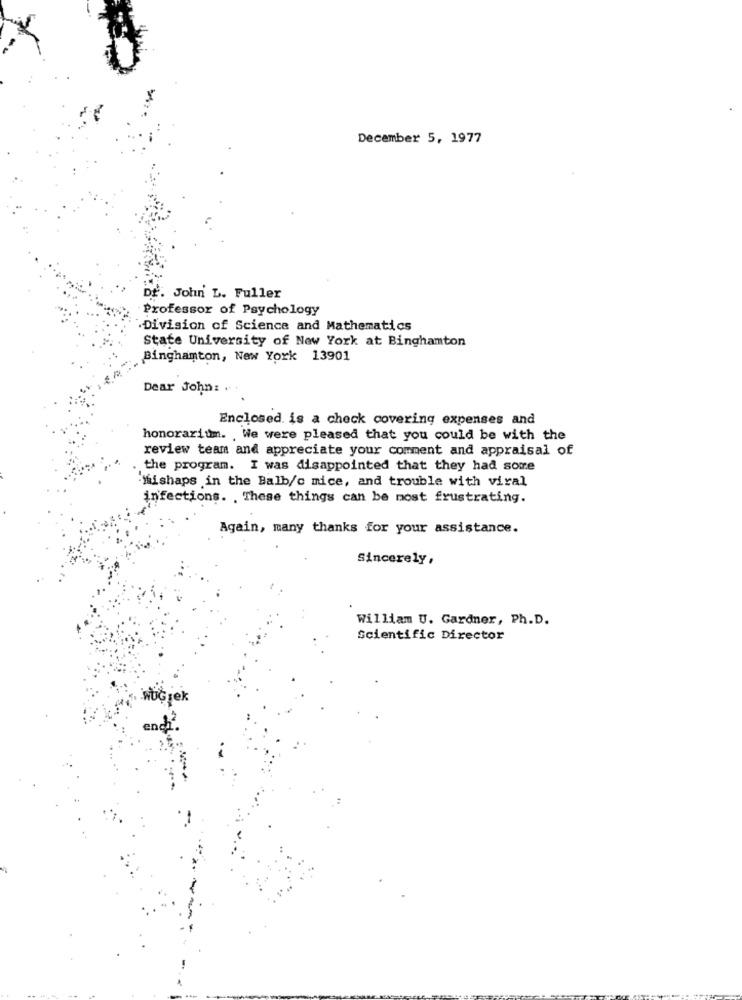
December 5, 1977
Dr. John L. Fuller
Professor of Psychology
Division of Science and Mathematics
State University of New York at Binghamton
Binghamton, New York 13901
Dear John: ..
Enclosed is a check covering expenses and
honorarium. . We were pleased that you could be with the
review team and appreciate your comment and appraisal of
the program. I was disappointed that they had some
Mishaps in the Balb/c mice, and trouble with viral
infections. . These things can be most frustrating.
Again, many thanks for your assistance.
Sincerely,
William U. Gardner, Ph.D.
Scientific Director
-wÜĢ;ek